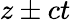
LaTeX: z\pm ct